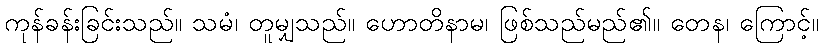
ကုန်ခန်းခြင်းသည်။ သမံ၊ တူမျှသည်။ ဟောတိနာမ၊ ဖြစ်သည်မည်၏။ တေန၊ ကြောင့်။